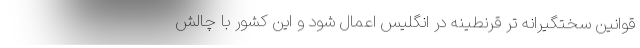
قوانین سختگیرانه تر قرنطینه در انگلیس اعمال شود و این کشور با چالش